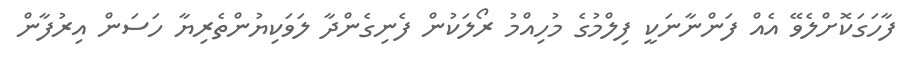
ފާހަގަކޮށްލެވޭ އެއް ފަންނާނަކީ ފިލްމުގެ މުހިއްމު ރޯލަކުން ފެނިގެންދާ ލަވަކިޔުންތެރިޔާ ހަސަން އިރުފާން